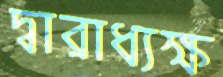
দ্বারাধ্যক্ষ